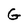
Character: G